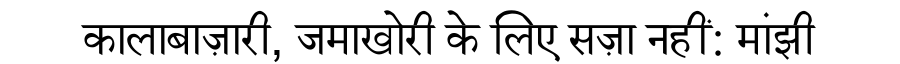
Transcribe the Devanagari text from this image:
कालाबाज़ारी, जमाखोरी के लिए सज़ा नहीं: मांझी